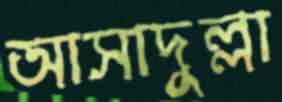
আসাদুল্লা